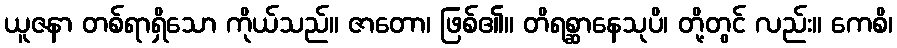
ယူဇနာ တစ်ရာရှိသော ကိုယ်သည်။ ဇာတော၊ ဖြစ်၏။ တိရစ္ဆာနေသုပိ၊ တို့တွင် လည်း။ ကေစိ၊